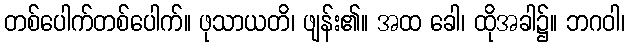
တစ်ပေါက်တစ်ပေါက်။ ဖုသာယတိ၊ ဖျန်း၏။ အထ ခေါ၊ ထိုအခါ၌။ ဘဂဝါ၊